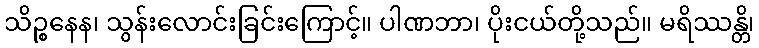
သိဉ္စနေန၊ သွန်းလောင်းခြင်းကြောင့်။ ပါဏဘာ၊ ပိုးငယ်တို့သည်။ မရိဿန္တိ၊